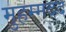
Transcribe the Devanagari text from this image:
मुहम्मदद